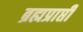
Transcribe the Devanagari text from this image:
ब्रह्मप्राप्ती